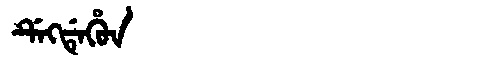
Manchu: ᡩᡝᡴᡩᡝᡥᡠᠨ
Romanization: DEKDEHUN